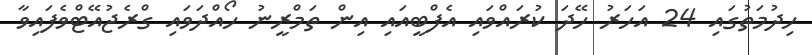
ހިދުމަތުގައި 24 އަހަރު ހޭދަ ކުރައްވައި އެފްބީއައި އިން ތަމްރީނު ހޯއްދަވައި ގްރެޖުއޭޓްވެފައިވާ